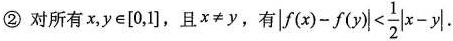
②对所有$$x, y \in[0,1]$$，且___x \neq y___，有$$|f(x)-f(y)|< \frac{1}{2}|x-y|$$.